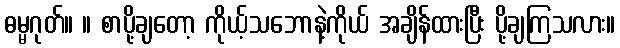
ဓမ္မဂုတ်။ ။ စာပို့ချတော့ ကိုယ့်သဘောနဲ့ကိုယ် အချိန်ထားပြီး ပို့ချကြသလား။